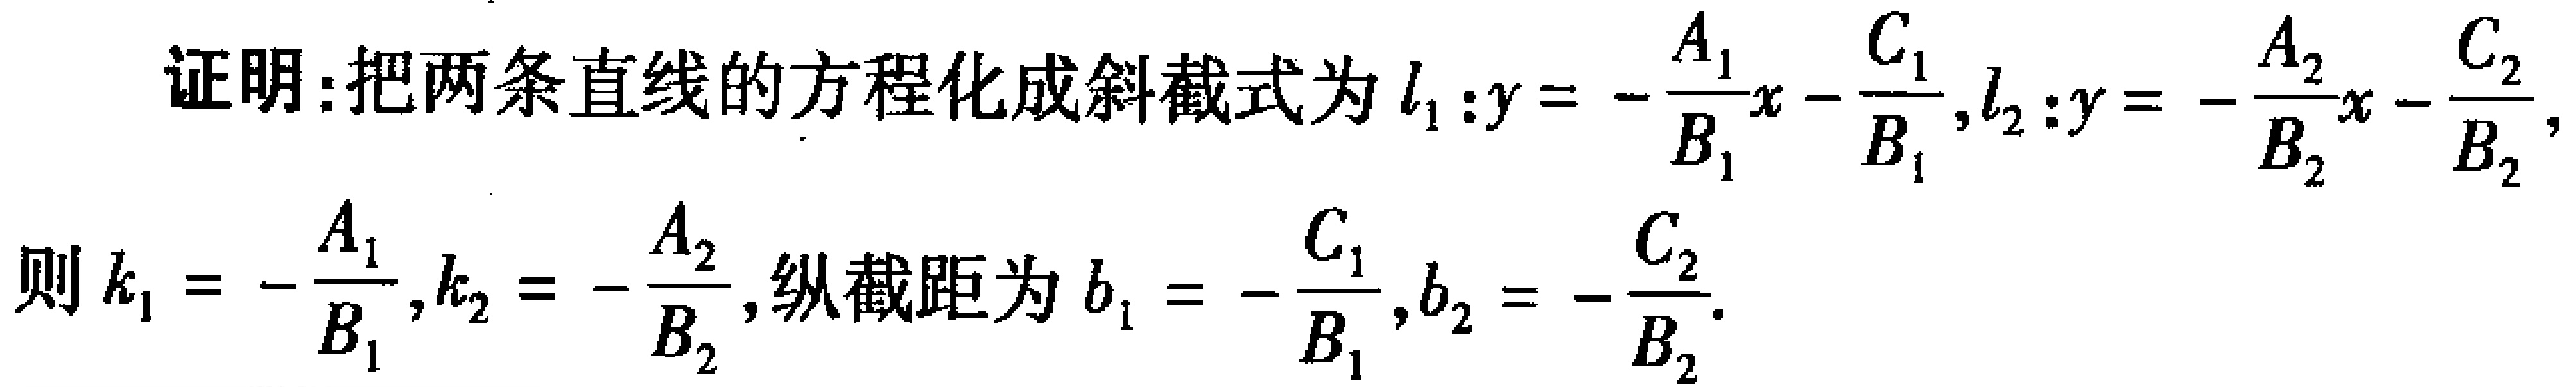
证明：把两条直线的方程化成斜截式为\(l_1:y = -\frac{A_1}{B_1}x - \frac{C_1}{B_1},l_2:y = -\frac{A_2}{B_2}x - \frac{C_2}{B_2},\)
则\(k_1 = -\frac{A_1}{B_1},k_2 = -\frac{A_2}{B_2},\)纵截距为\(b_1 = -\frac{C_1}{B_1},b_2 = -\frac{C_2}{B_2}.\)